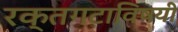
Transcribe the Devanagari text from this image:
रक्तगटाविषयी